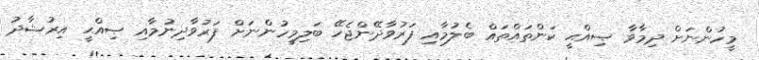
މީހުންނަށް ދިމާވާ ޞިއްޙީ ކަންތައްތައް ބެލުމާއި ފަރުވާދޭންޖެހޭ ބަލިމީހުންނަށް ފަރުވާދިނުމާއި ޞިއްޙީ އިރުޝާދު